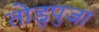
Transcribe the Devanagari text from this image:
तोडुपुजा